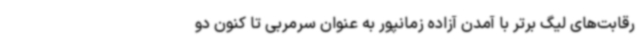
رقابت‌های لیگ برتر با آمدن آزاده زمانپور به عنوان سرمربی تا کنون دو